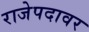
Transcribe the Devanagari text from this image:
राजेपदावर